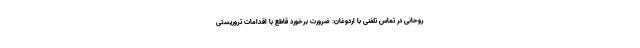
روحانی در تماس تلفنی با اردوغان: ضرورت برخورد قاطع با اقدامات تروریستی